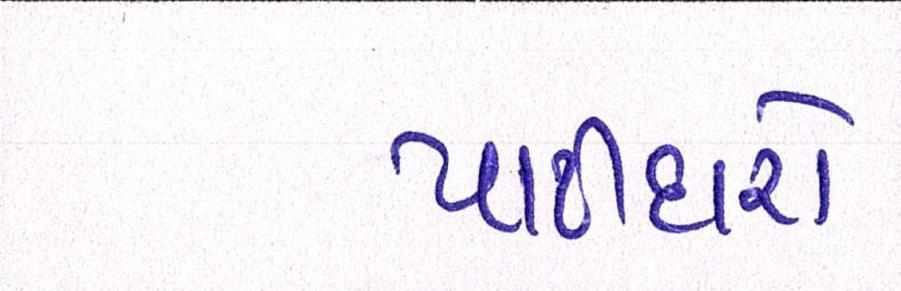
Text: પાટીદારો